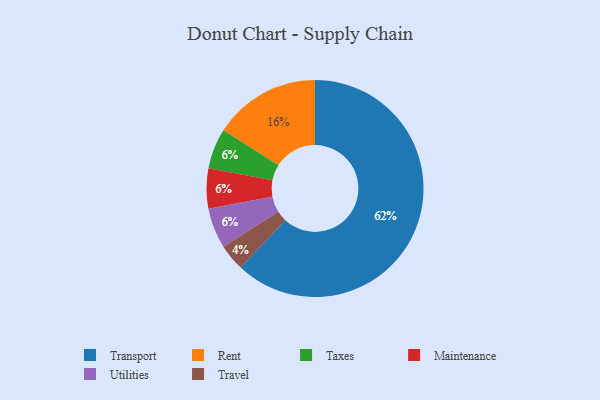
{"axis": {"x": "Category", "y": "Percentage"}, "legend": ["Maintenance", "Rent", "Taxes", "Transport", "Travel", "Utilities"], "data": [{"x": "Taxes", "y": 6, "type": "Taxes"}, {"x": "Travel", "y": 4, "type": "Travel"}, {"x": "Rent", "y": 16, "type": "Rent"}, {"x": "Maintenance", "y": 6, "type": "Maintenance"}, {"x": "Utilities", "y": 6, "type": "Utilities"}, {"x": "Transport", "y": 62, "type": "Transport"}]}